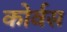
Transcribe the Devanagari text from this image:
कोर्वस